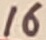
Text: 16